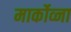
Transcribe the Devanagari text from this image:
मार्कोव्ना